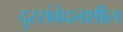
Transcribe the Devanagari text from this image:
दूरसंवेदनशील